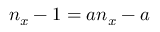
n _ { x } - 1 = a n _ { x } - a